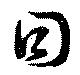
日